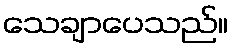
သေချာပေသည်။